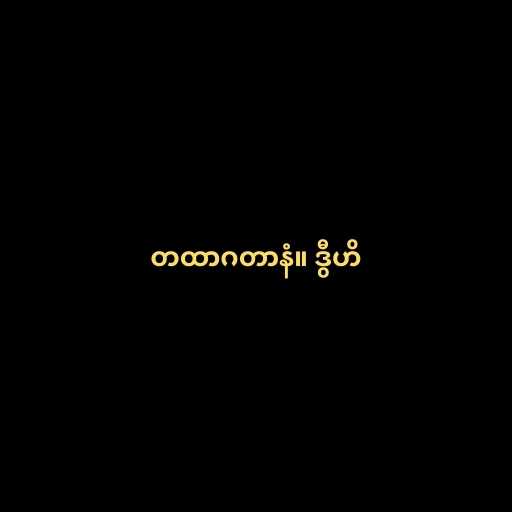
တထာဂတာနံ။ ဒွီဟိ